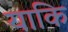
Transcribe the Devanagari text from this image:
याकि